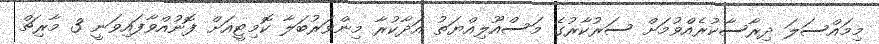
މިމައްސަލަ ދިރާސާކުރެއްވުމަށް ސަރުކާރުގެ މަސްއޫލިއްޔަތު އަދާކުރާ މިންވަރުބަލާ ކޮމިޓީއަށް ފޮނުއްވާފައިވަނީ 3 މާރިޗް